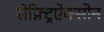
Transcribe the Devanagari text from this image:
सेफ़्ट्रिऐक्सोन